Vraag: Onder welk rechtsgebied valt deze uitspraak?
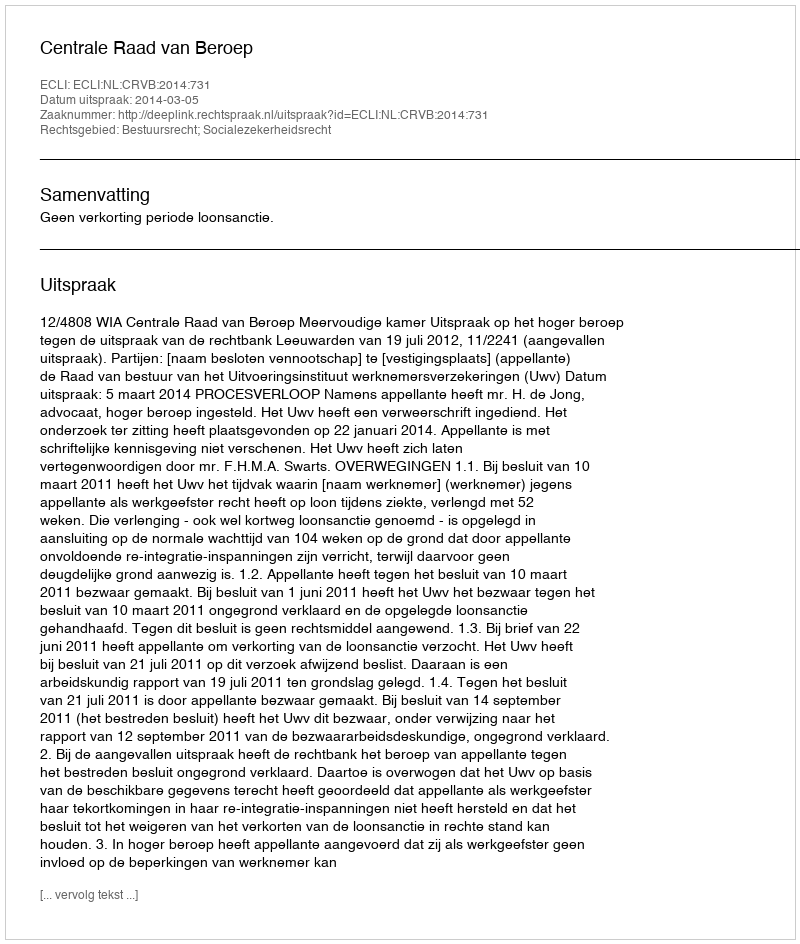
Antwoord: Bestuursrecht; Socialezekerheidsrecht